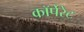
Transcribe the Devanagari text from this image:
काॅर्पेरेट